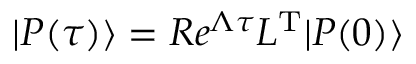
| P ( \tau ) \rangle = R e ^ { \Lambda \tau } L ^ { \mathrm { T } } | P ( 0 ) \rangle